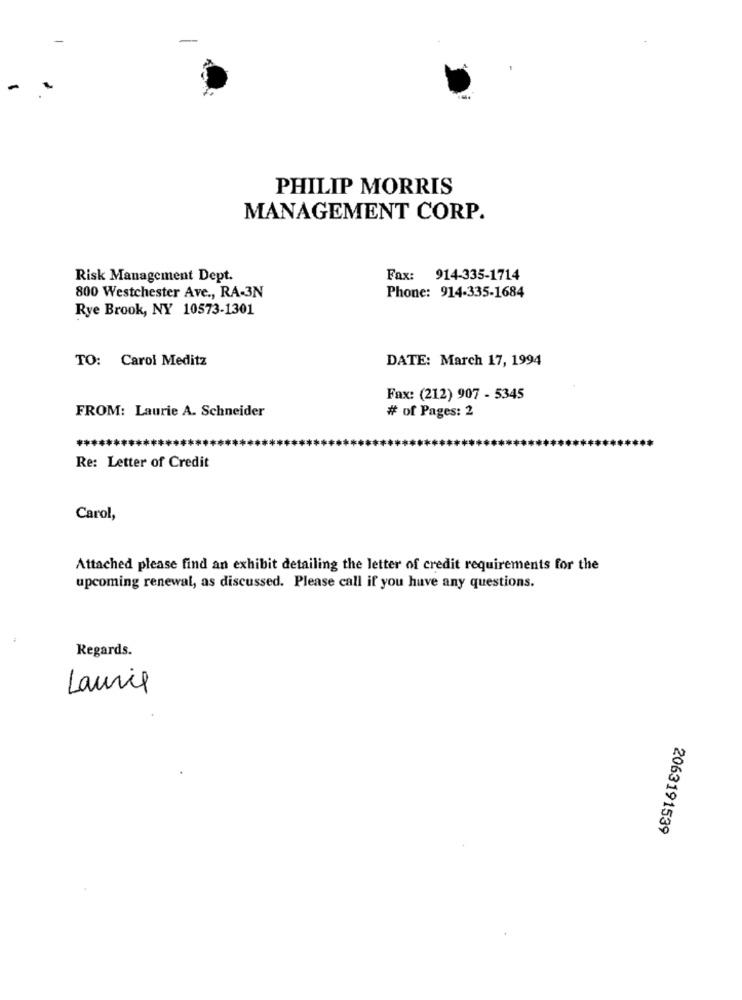
-
-
PHILIP MORRIS
MANAGEMENT CORP.
Risk Management Dept.
Fax: 914-335-1714
Phone: 914-335-1684
800 Westchester Ave ., RA-3N
Rye Brook, NY 10573-1301
TO: Carol Meditz
DATE: March 17, 1994
Fax: (212) 907 - 5345
FROM: Laurie A. Schneider
# of Pages: 2
Re: Letter of Credit
Carol,
Attached please find an exhibit detailing the letter of credit requirements for the
upcoming renewal, as discussed. Please call if you have any questions.
Regards.
Laurie
2063191539